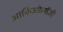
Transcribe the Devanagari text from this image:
आर्किओलॉजी